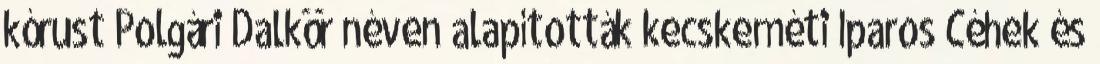
kórust Polgári Dalkör néven alapították kecskeméti Iparos Céhek és